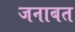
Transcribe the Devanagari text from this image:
जनाबत